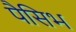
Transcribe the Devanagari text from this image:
पैसिभ